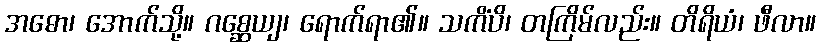
အဓော၊ အောက်သို့။ ဂစ္ဆေယျ၊ ရောက်ရာ၏။ သကိံပိ၊ တကြိမ်လည်း။ တိရိယံ၊ ဖီလာ။